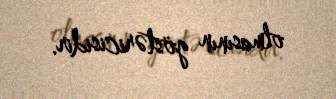
olmasının göstəricisidir.